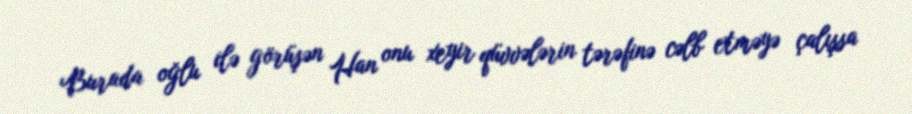
Burada oğlu ilə görüşən Han onu xeyir qüvvələrin tərəfinə cəlb etməyə çalışsa